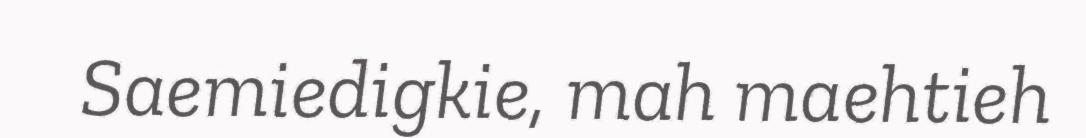
Saemiedigkie, mah maehtieh